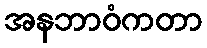
အနဘာဝံကတာ